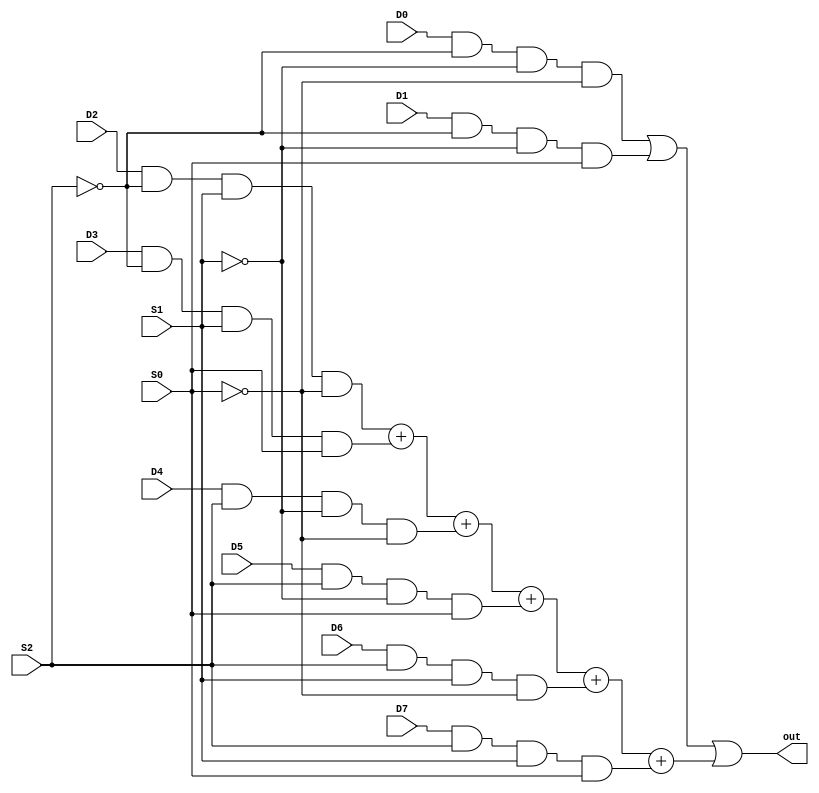
module mux_8_1_a(
    output out, 
    input D0, D1, D2, D3, D4, D5, D6, D7, S0, S1, S2
    );

wire S1bar,S0bar,S2bar;

assign S1bar=~S1;
assign S0bar=~S0;
assign S2bar=~S2;
assign out = (D0 & S2bar & S1bar & S0bar) | (D1 & S2bar & S1bar & S0) | (D2 & S2bar & S1 & S0bar) + (D3 & S2bar & S1 & S0) + (D4 & S2 & S1bar & S0bar) + (D5 & S2 & S1bar & S0) + (D6 & S2 & S1 & S0bar) + (D7 & S2 & S1 & S0);

endmodule